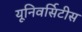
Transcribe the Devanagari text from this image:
यूनिवर्सिटीस